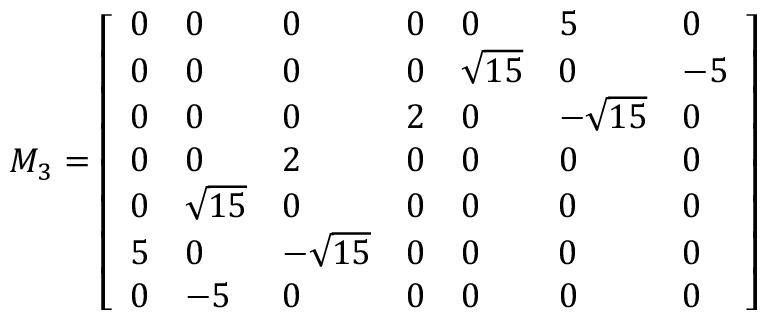
M _ { 3 } = \left[ \begin{array} { l l l l l l l } { 0 } & { 0 } & { 0 } & { 0 } & { 0 } & { 5 } & { 0 } \\ { 0 } & { 0 } & { 0 } & { 0 } & { \sqrt { 1 5 } } & { 0 } & { - 5 } \\ { 0 } & { 0 } & { 0 } & { 2 } & { 0 } & { - \sqrt { 1 5 } } & { 0 } \\ { 0 } & { 0 } & { 2 } & { 0 } & { 0 } & { 0 } & { 0 } \\ { 0 } & { \sqrt { 1 5 } } & { 0 } & { 0 } & { 0 } & { 0 } & { 0 } \\ { 5 } & { 0 } & { - \sqrt { 1 5 } } & { 0 } & { 0 } & { 0 } & { 0 } \\ { 0 } & { - 5 } & { 0 } & { 0 } & { 0 } & { 0 } & { 0 } \end{array} \right]